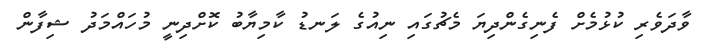
ވާދަވެރި ކުޅުމެށް ފެނިގެންދިޔަ މެޗުގައި ނިއުގެ ލަނޑު ކާމިޔާބު ކޮށްދިނީ މުހައްމަދު ޝިފާން